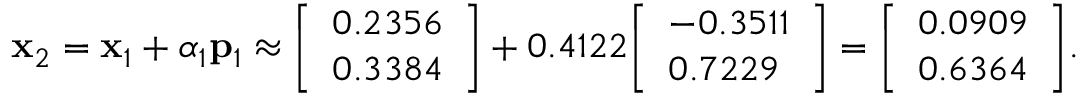
\mathbf { x } _ { 2 } = \mathbf { x } _ { 1 } + \alpha _ { 1 } \mathbf { p } _ { 1 } \approx { \left[ \begin{array} { l } { 0 . 2 3 5 6 } \\ { 0 . 3 3 8 4 } \end{array} \right] } + 0 . 4 1 2 2 { \left[ \begin{array} { l } { - 0 . 3 5 1 1 } \\ { 0 . 7 2 2 9 } \end{array} \right] } = { \left[ \begin{array} { l } { 0 . 0 9 0 9 } \\ { 0 . 6 3 6 4 } \end{array} \right] } .